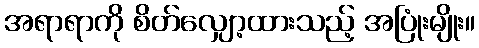
အရာရာကို စိတ်လျှော့ထားသည့် အပြုံးမျိုး။